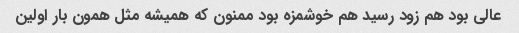
عالی بود هم زود رسید هم خوشمزه بود ممنون که همیشه مثل همون بار اولین